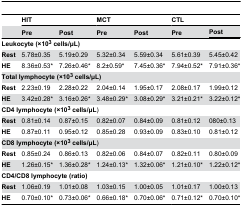
<table><thead><tr><td></td><td colspan="2"><b>HIT</b></td><td colspan="2"><b>MCT</b></td><td colspan="3"><b>CTL</b></td></tr><tr><td></td><td><b>Pre</b></td><td><b>Post</b></td><td><b>Pre</b></td><td><b>Post</b></td><td><b>Pre</b></td><td colspan="2"><b>Post</b></td></tr></thead><tbody><tr><td colspan="8"><b>Leukocyte (×10<sup>3</sup> cells/μL)</b></td></tr><tr><td><b>Rest</b></td><td>5.78±0.35</td><td>5.19±0.29</td><td>5.32±0.34</td><td>5.59±0.34</td><td>5.61±0.39</td><td colspan="2">5.45±0.42</td></tr><tr><td><b>HE</b></td><td>8.36±0.53*</td><td>7.26±0.46*</td><td>8.2±0.59*</td><td>7.45±0.36*</td><td>7.94±0.52*</td><td colspan="2">7.91±0.36*</td></tr><tr><td colspan="8"><b>Total lymphocyte (×10<sup>3</sup> cells/μL)</b></td></tr><tr><td><b>Rest</b></td><td>2.23±0.19</td><td>2.28±0.22</td><td>2.04±0.14</td><td>1.95±0.17</td><td>2.08±0.17</td><td colspan="2">1.99±0.12</td></tr><tr><td><b>HE</b></td><td>3.42±0.28*</td><td>3.16±0.26*</td><td>3.48±0.29*</td><td>3.08±0.29*</td><td>3.21±0.21*</td><td colspan="2">3.22±0.12*</td></tr><tr><td colspan="8"><b>CD4 lymphocyte (×10<sup>3</sup> cells/μL</b>) </td></tr><tr><td><b>Rest</b></td><td>0.81±0.14</td><td>0.87±0.15</td><td>0.82±0.07</td><td>0.84±0.09</td><td>0.81±0.12</td><td colspan="2">080±0.13</td></tr><tr><td><b>HE</b></td><td>0.87±0.11</td><td>0.95±0.12</td><td>0.85±0.28</td><td>0.93±0.09</td><td>0.83±0.10</td><td colspan="2">0.81±0.12</td></tr><tr><td colspan="8"><b>CD8 lymphocyte (×10<sup>3</sup> cells/μL</b>) </td></tr><tr><td><b>Rest</b></td><td>0.85±0.24</td><td>0.86±0.13</td><td>0.82±0.06</td><td>0.84±0.07</td><td>0.82±0.11</td><td colspan="2">0.80±0.09</td></tr><tr><td><b>HE</b></td><td>1.26±0.15*</td><td>1.36±0.28*</td><td>1.24±0.13*</td><td>1.32±0.06*</td><td>1.21±0.10*</td><td colspan="2">1.22±0.12*</td></tr><tr><td colspan="8"><b>CD4/CD8 lymphocyte (ratio)</b></td></tr><tr><td><b>Rest</b></td><td>1.06±0.19</td><td>1.01±0.08</td><td>1.03±0.15</td><td>1.00±0.05</td><td colspan="2">1.01±0.17</td><td>1.00±0.13</td></tr><tr><td><b>HE</b></td><td>0.70±0.10*</td><td>0.73±0.06*</td><td>0.66±0.18*</td><td>0.70±0.06*</td><td colspan="2">0.71±0.12*</td><td>0.70±0.10*</td></tr></tbody></table>